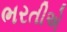
ભરતીએ